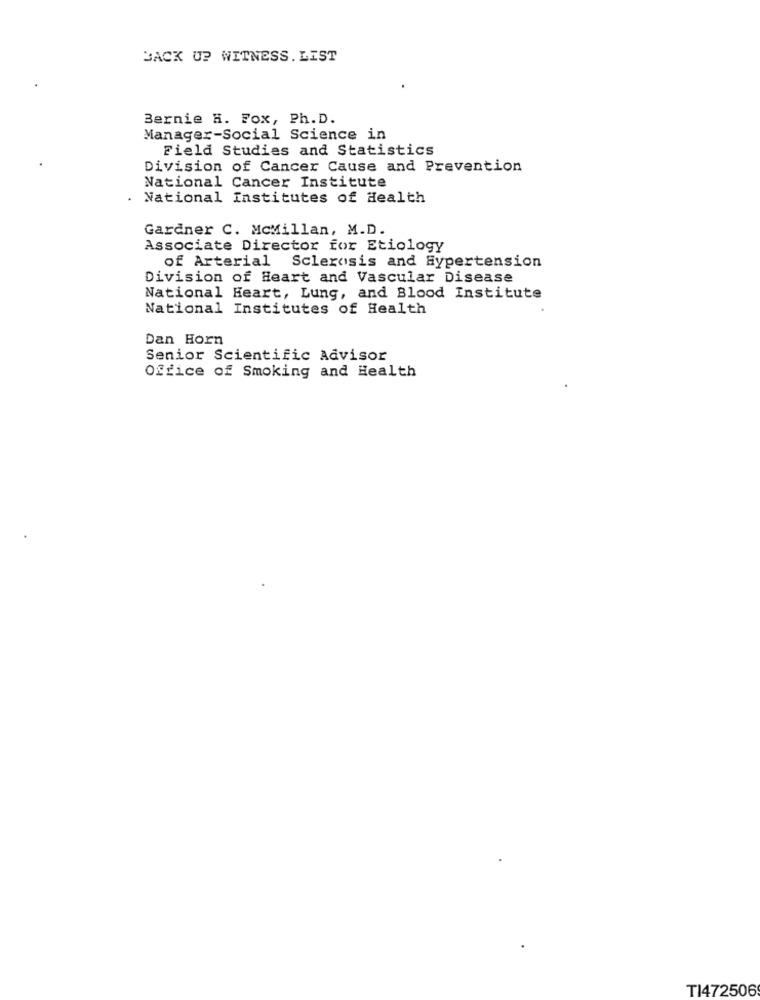
BACK UP WITNESS. LIST
Bernie H. Fox, Ph. D.
Manager-Social Science in
Field Studies and Statistics
Division of Cancer Cause and Prevention
National Cancer Institute
. National Institutes of Health
Gardner C. McMillan, M.D.
Associate Director for Etiology
of Arterial Sclerosis and Hypertension
Division of Heart and Vascular Disease
National Heart, Lung, and Blood Institute
National Institutes of Health
Dan Horn
Senior Scientific Advisor
Office of Smoking and Health
TI472506